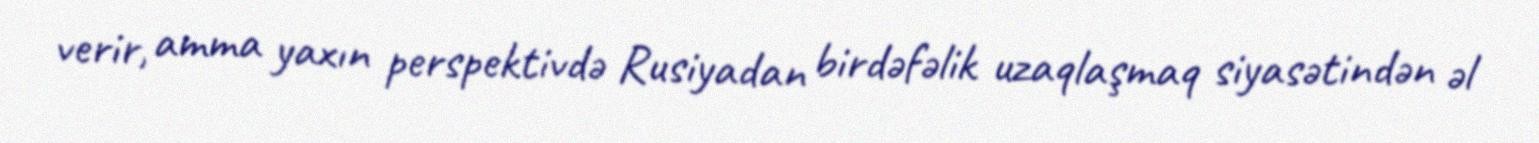
verir, amma yaxın perspektivdə Rusiyadan birdəfəlik uzaqlaşmaq siyasətindən əl